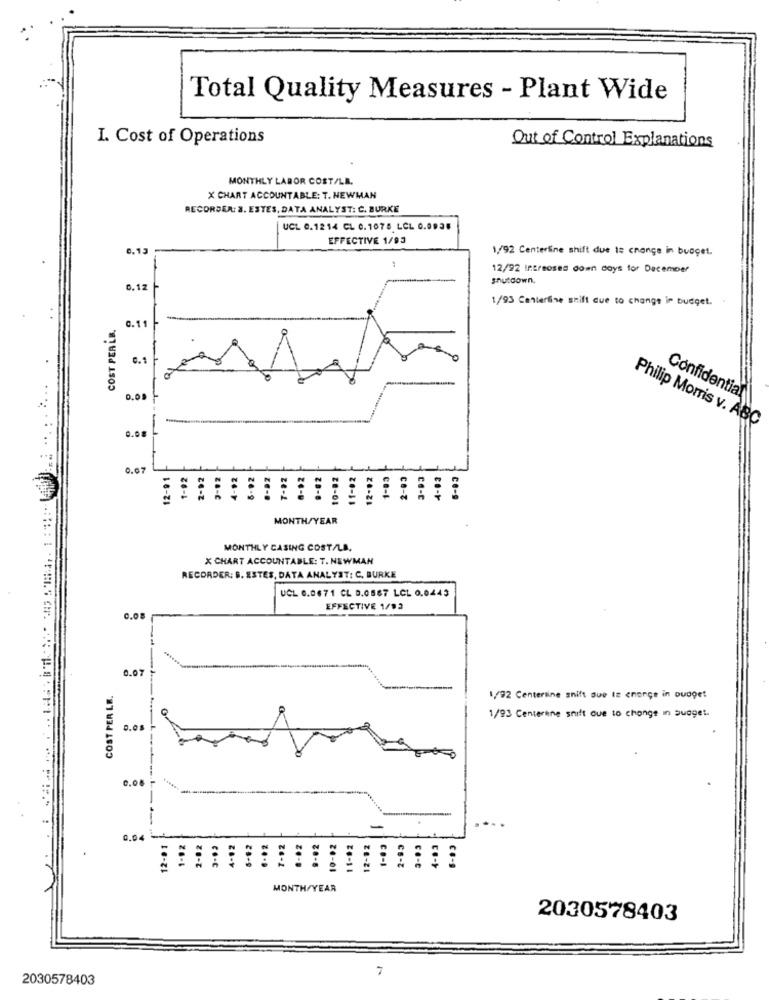
Total Quality Measures - Plant Wide
I. Cost of Operations
Out of Control Explanations
MONTHLY LABOR COST/LB.
X CHART ACCOUNTABLE: T. NEWMAN
RECORDER: 8. ESTES, DATA ANALYST: C. BURKE
UCL 0.1214 CL 0.1075 LCL 0.0935
EFFECTIVE 1/93
0.15
1/92 Centerline shift due to change in budget.
12/92 Intreosed domn coys for December
shutdown.
6.12
1/93 Centerline shift due to change in budget.
COST PERLB.
0.11
0.1
0.09
Confidential
Philip Morris v. ABC
0.08
0.07
12-01
11-02
26-
ce-B
ce-S
28-€
24-1
24-2
MONTH/YEAR
MONTHLY CASING COST/LB.
X CHART ACCOUNTABLE: T. NEWMAN
RECORDER: B. ESTES, DATA ANALYST: C, BURKE
UCL 0.0671 CL D.0567 LCL 0,0443
EFFECTIVE 1/92
0.08
0.07
COST PER L.B.
1/92 Centerline shift que te enonce in budget
1/93 Centerène shift due to change in suaget.
0.0
0.04 -
MONTH/YEAR
2030578403
7
2030578403